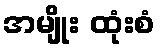
အမျိုး ထုံးစံ